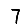
Digit: 7